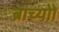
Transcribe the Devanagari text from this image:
ब्राच्योो